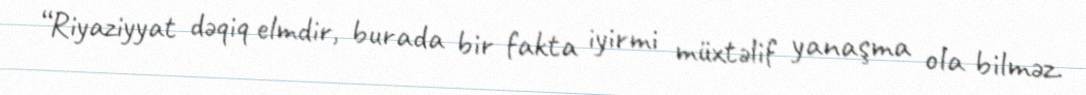
“Riyaziyyat dəqiq elmdir, burada bir fakta iyirmi müxtəlif yanaşma ola bilməz.